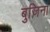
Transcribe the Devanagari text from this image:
बुजिना